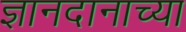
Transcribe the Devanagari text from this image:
ज्ञानदानाच्या